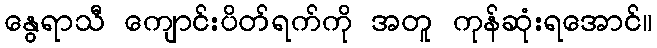
နွေရာသီ ကျောင်းပိတ်ရက်ကို အတူ ကုန်ဆုံးရအောင်။